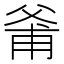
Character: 𱭊